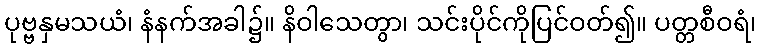
ပုဗ္ဗနှမသယံ၊ နံနက်အခါ၌။ နိဝါသေတွာ၊ သင်းပိုင်ကိုပြင်ဝတ်၍။ ပတ္တစီဝရံ၊